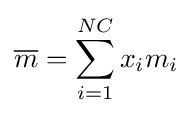
{\overline {m}}=\sum _{i=1}^{NC}{x_{i}m_{i}}